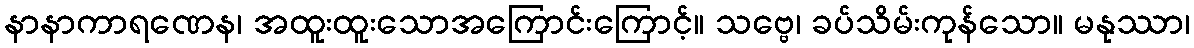
နာနာကာရဏေန၊ အထူးထူးသောအကြောင်းကြောင့်။ သဗ္ဗေ၊ ခပ်သိမ်းကုန်သော။ မနုဿာ၊